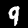
Digit: 9